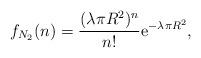
LaTeX: \begin{align*} f_{N_2}(n)= \frac{(\lambda_{} \pi R^2)^n}{n!} \mathrm{e}^{- \lambda_{} \pi R^2},\end{align*}